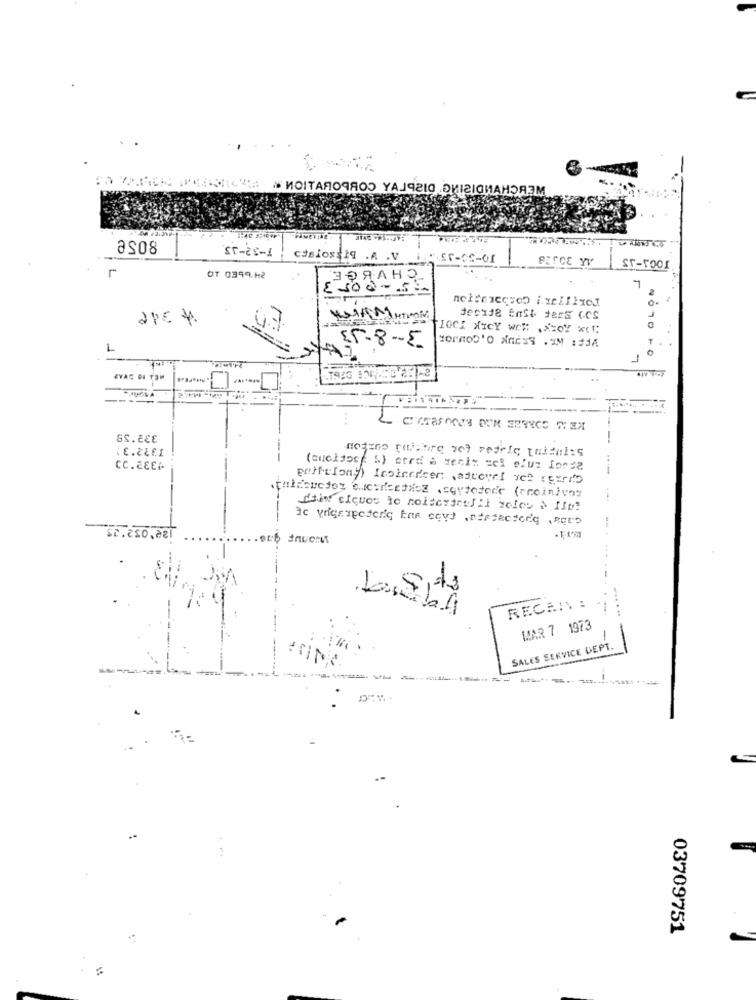
" ИОІТАЯОЧЯОЭ YAJq2Ig DHIzIGNAНОЯЗМ
Hiwevibe
as08
ST-28-1
cislossig .A .V
PESCE YV
r
ST-roor
OT 0399.12
ЗРЯАНО
OLON
£500 - 50
aPE 4.
1
IOCH NICY wCM .*= OY
55-8 -5.
T
1
0
ZVAC OF TOM
----
...
GS.ECE
VE.ZŁE1
meszno calcare vet retrie unidales
CC.ZEEP
Chim ciques to neltertrulli deles & Ile?
Sc.250,021
-
-
-.
..
RECAI : -
---
WAR 7 1973
-
SALES SERVICE DEPT.
---
-
03709751